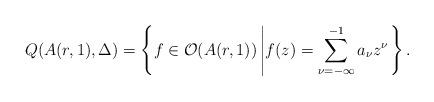
LaTeX: \begin{align*} Q(A(r,1),\Delta)=\left\{f\in \mathcal{O}(A(r,1))\left\vert f(z)= \sum_{\nu=-\infty}^{-1}a_\nu z^\nu\right.\right\}.\end{align*}